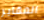
المقابر